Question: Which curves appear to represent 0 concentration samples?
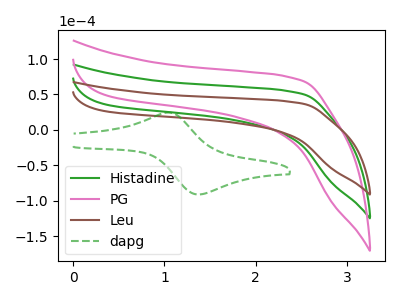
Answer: <think>The green curve "Histadine" has no peaks. The pink curve "PG" has no peaks. The brown curve "Leu" has no peaks. The green dashed curve "dapg" has an anodic peak at (1.05V, 24.45uA) and a cathodic peak at (1.40V, -91.05uA).</think>
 <answer>"Histadine", "PG" and "Leu" are likely to be blanks.</answer>
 <eval>"Histadine", "PG", "Leu"</eval>